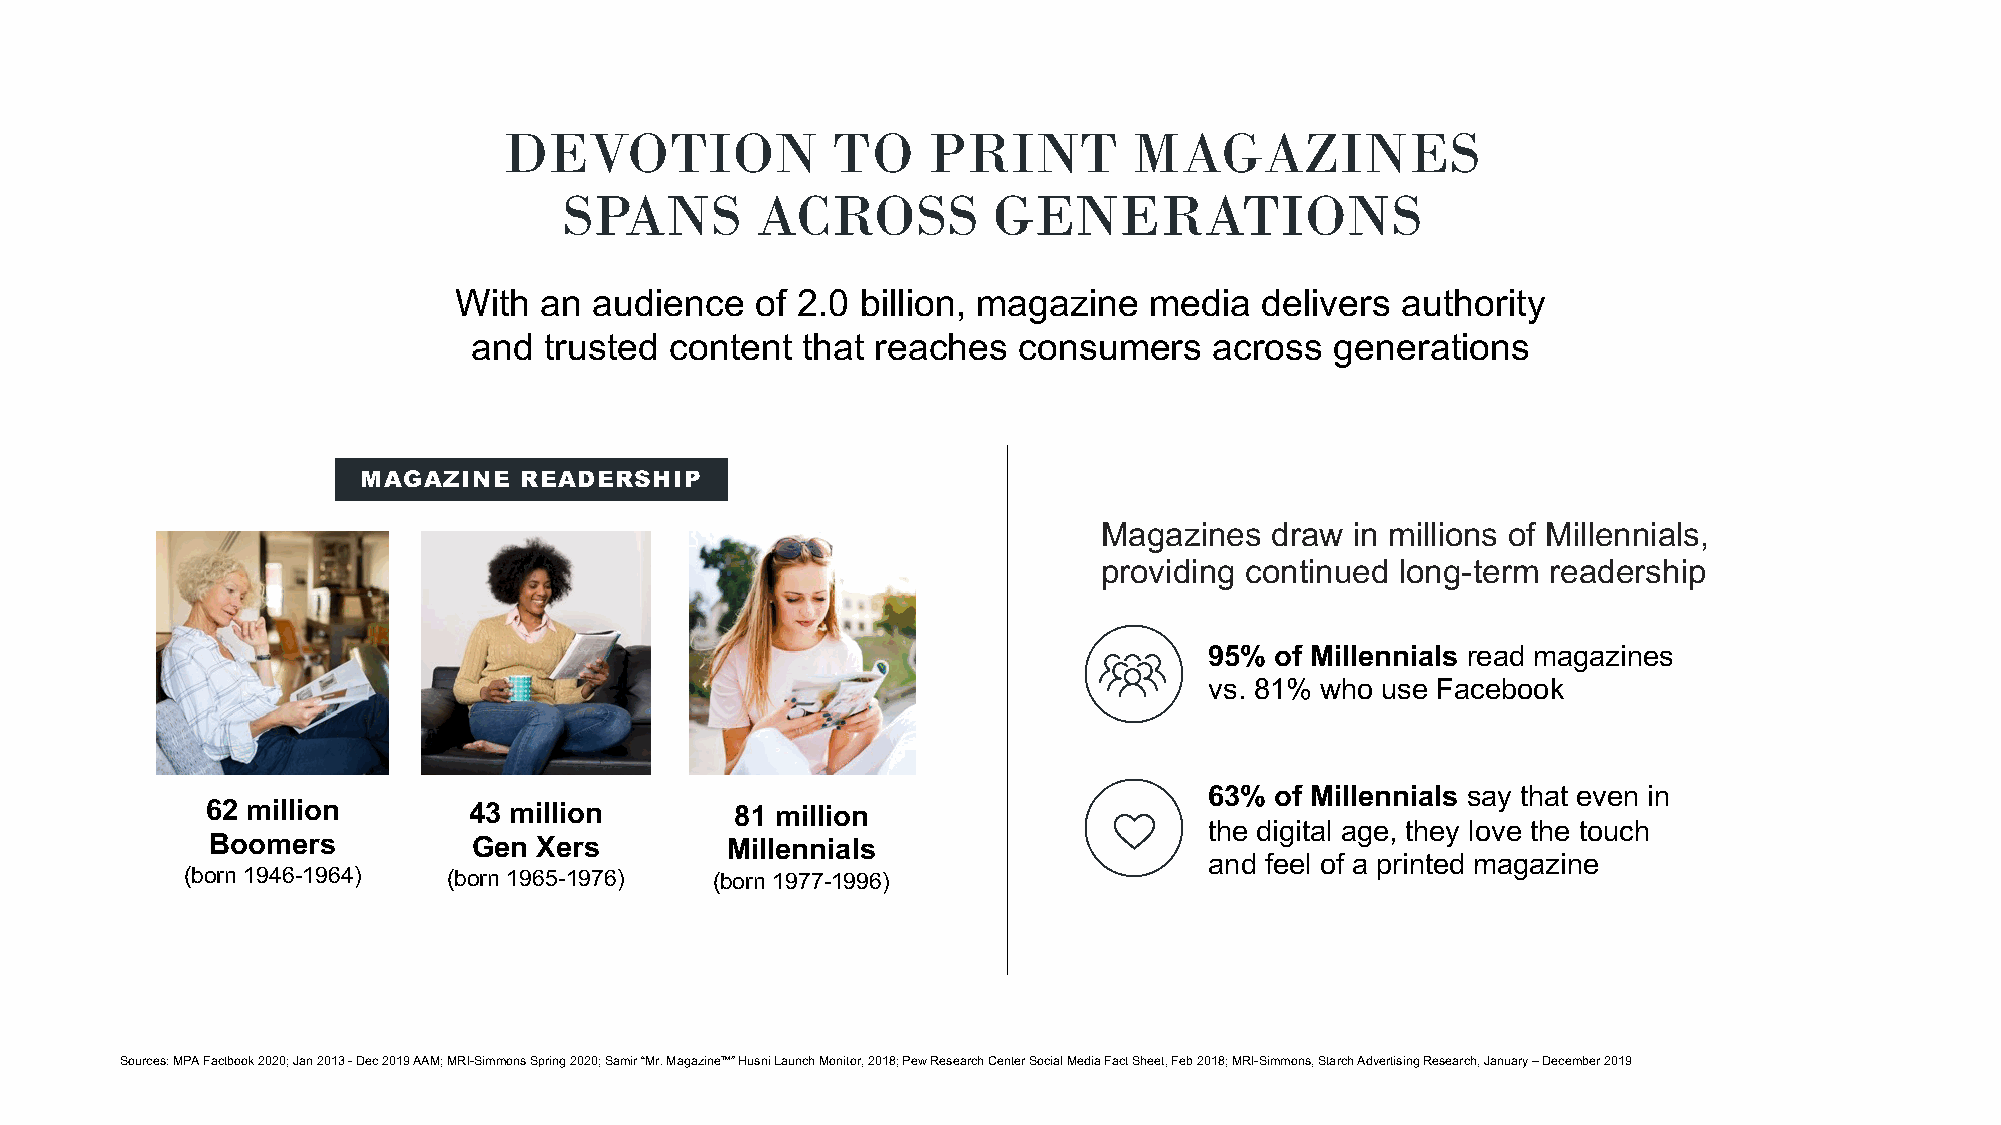
DEVOTION              TO    PRINT         MAGAZINES
 SPANS        ACROSS          GENERATIONS
 With  an audience   of 2.0 billion, magazine  media   delivers authority
 and  trusted content  that reaches  consumers    across  generations
 MAGAZINE  READERSHIP
 Magazines  draw  in millions of Millennials,
 providing continued long-term readership
 95% of Millennials read magazines
 vs. 81% who use Facebook
 63% of Millennials say that even in
 62 million       43 million        81 million
 the digital age, they love the touch
 Boomers          Gen Xers         Millennials
 and feel of a printed magazine
 (born 1946-1964)  (born 1965-1976) (born 1977-1996)
 Sources: MPA Factbook 2020; Jan 2013 -Dec 2019 AAM; MRI-Simmons Spring 2020; Samir “Mr. Magazine™” HusniLaunch Monitor, 2018; Pew Research Center Social Media Fact Sheet, Feb 2018; MRI-Simmons, Starch Advertising Research, January –December 2019